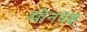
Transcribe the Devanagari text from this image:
मोनपक्ष